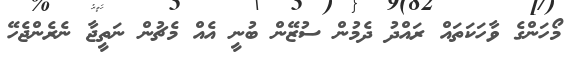
މޯހަންގެ ވާހަކަތައް ރައްދު ދެމުން ސުޒޭން ބުނީ އެއް މެޗުން ނަތީޖާ ނެރެންޖެހޭ